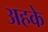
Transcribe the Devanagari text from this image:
अहके